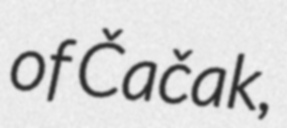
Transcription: of Čačak,